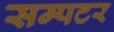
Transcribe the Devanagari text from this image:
सम्पटर